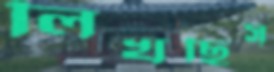
লিখছিস্